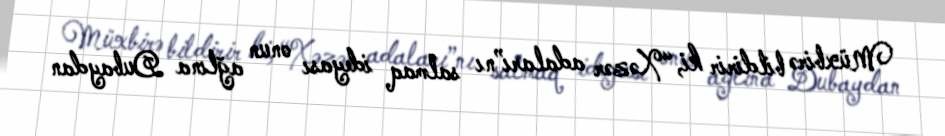
Müxbirə bildirir ki, “Xəzər adaları”nı salmaq ideyası onun ağlına Dubaydan